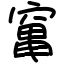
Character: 𥧄